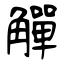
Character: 觶